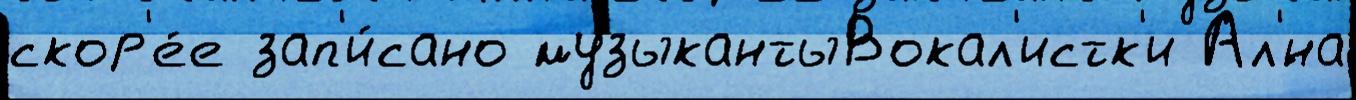
скор'е́е зап'и́сано музыкантыВокал'истк'и Ал'́на